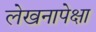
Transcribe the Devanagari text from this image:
लेखनापेक्षा